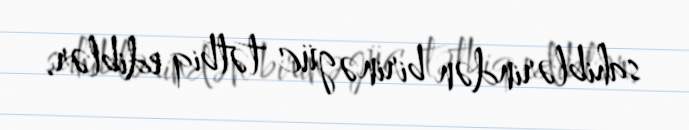
sahiblərindən birinə güc tətbiq ediblər.